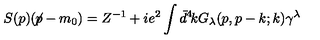
S ( p ) ( \! \not \! p - m _ { 0 } ) = Z ^ { - 1 } + i e ^ { 2 } \int \bar { d } ^ { 4 } \! k G _ { \lambda } ( p , p - k ; k ) \gamma ^ { \lambda }